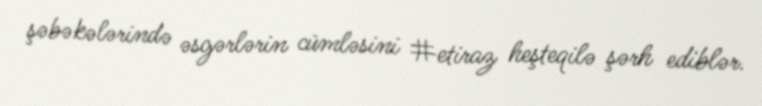
şəbəkələrində əsgərlərin cümləsini #etiraz heşteqilə şərh ediblər.